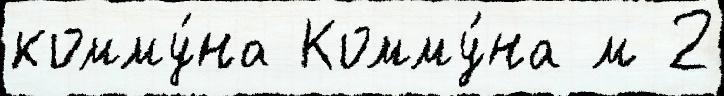
комму́на Комму́на м 2